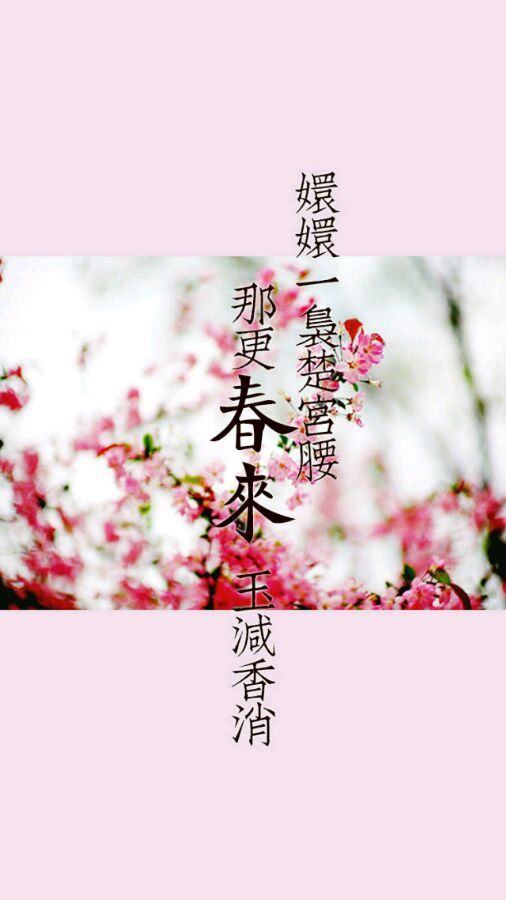
泪眼问花花不语，乱红飞过秋千去。